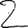
Digit: 2